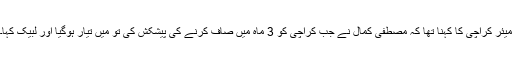
میئر کراچی کا کہنا تھا کہ مصطفیٰ کمال نے جب کراچی کو 3 ماہ میں صاف کرنے کی پیشکش کی تو میں تیار ہوگیا اور لبیک کہا۔